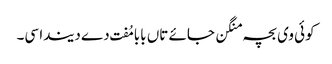
کوئی وی بچہ منگن جائے تاں بابا مُفت دے دیندا سی۔